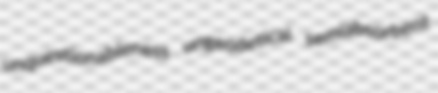
unquestionableness ungeodetical semiabsorbent